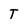
Character: T